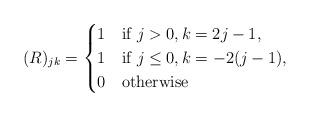
LaTeX: \begin{align*}(R)_{jk} =\begin{cases}1 & \mbox{if } j>0, k=2j-1, \\1 & \mbox{if } j\le 0, k=-2(j-1), \\0 & \mbox{otherwise}\end{cases}\end{align*}